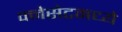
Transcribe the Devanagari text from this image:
क्नेसेटमध्ये